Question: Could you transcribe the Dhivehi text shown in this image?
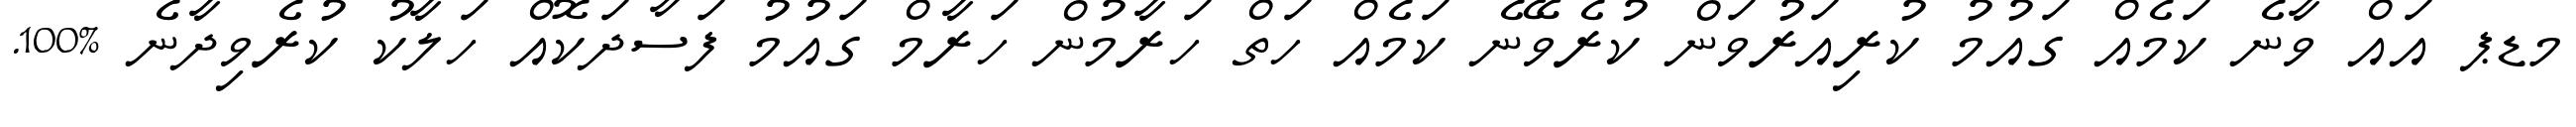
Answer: މޑޕ އައް ވާނެ ކަމެއް ގައުމު ކުރިއަރުވަން ކުރެވޭނެ ކަމެއް ހަތް ހަރާމުން ހަރާމް ގައުމު ފަސާދަކޮއް ހަލާކު ކުރެވިދާނެ %100.